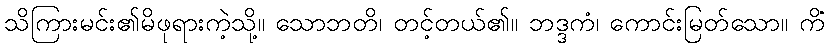
သိကြားမင်း၏မိဖုရားကဲ့သို့။ သောဘတိ၊ တင့်တယ်၏။ ဘဒ္ဒကံ၊ ကောင်းမြတ်သော။ ကိံ